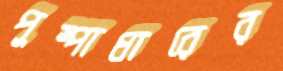
পুষ্পাধারের